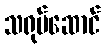
သရုပ်ဆောင်